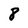
Character: 8